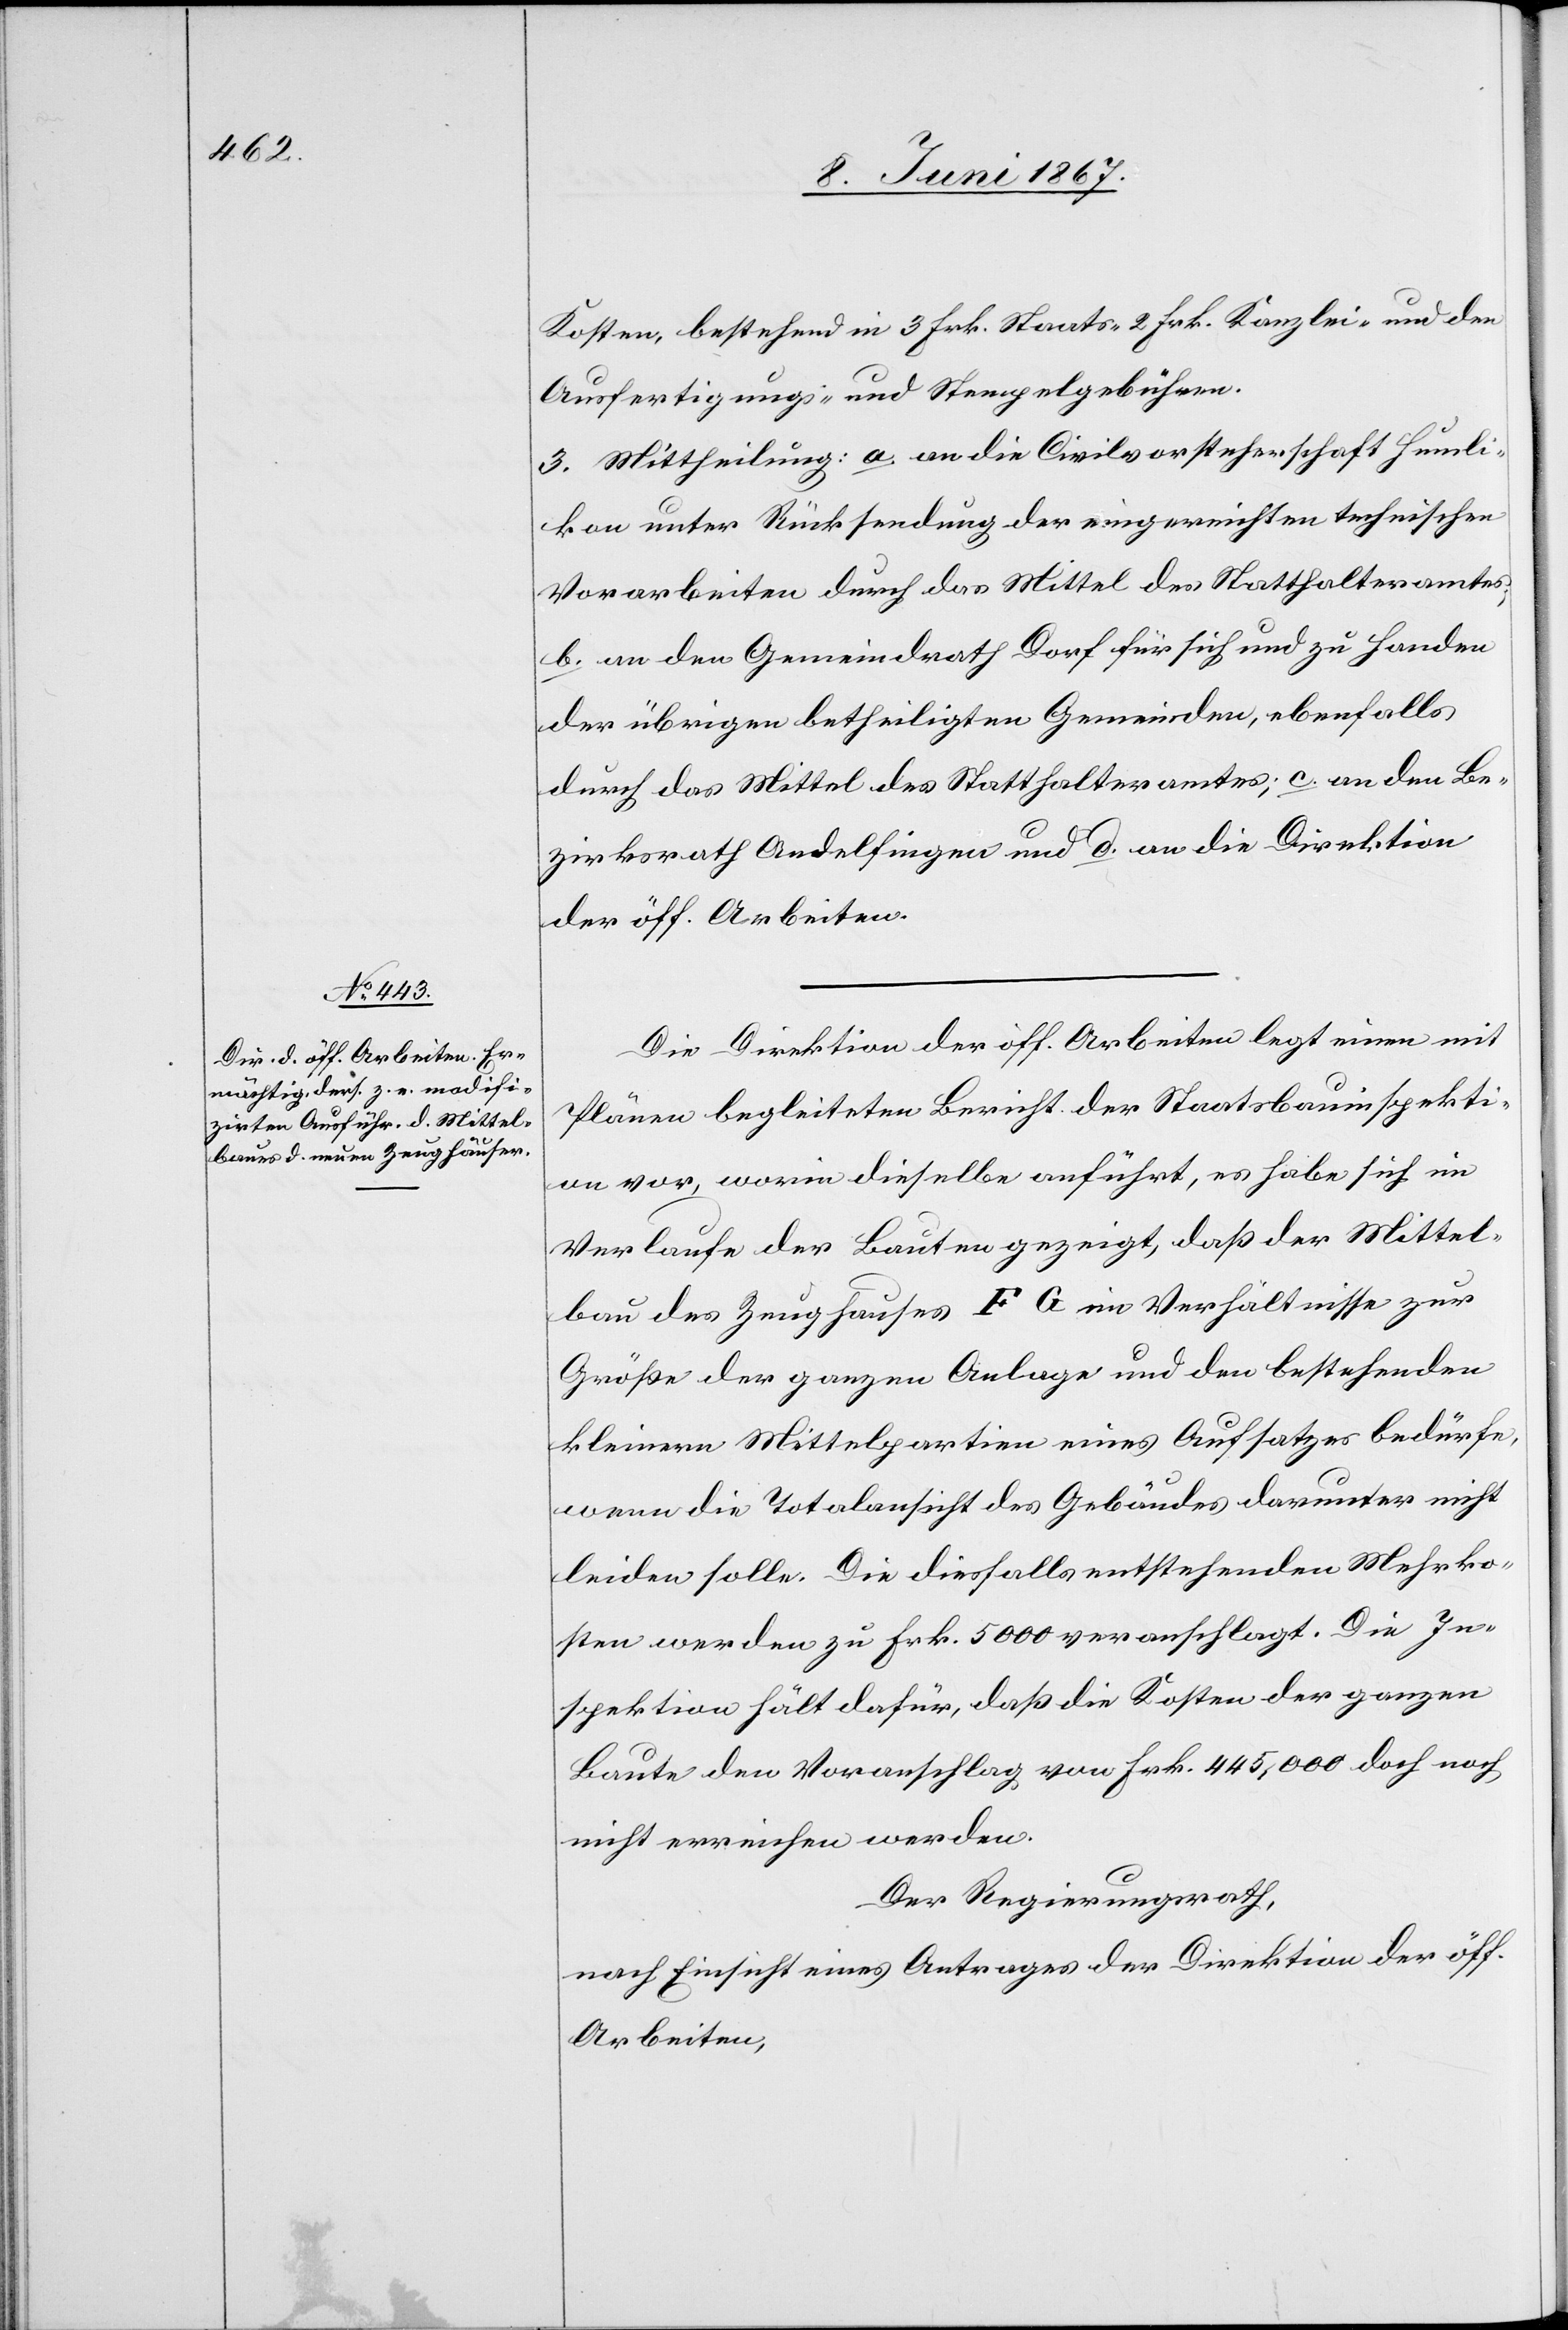
Kosten, bestehend in 3 Frk. Staats-[,] 2 Frk. Kanzlei- und den
Ausfertigungs- und Stempelgebühren.
3. Mittheilung: a. an die Civilvorsteherschaft Humli¬
kon unter Rücksendung der eingereichten technischen
Vorarbeiten durch das Mittel des Statthalteramtes;
b. an den Gemeindrath Dorf für sich und zu Handen
der übrigen betheiligten Gemeinden, ebenfalls
durch das Mittel des Statthalteramtes; c. an den Be¬
zirksrath Andelfingen und d. an die Direktion
der öff. Arbeiten.
Die Direktion der öff. Arbeiten legt einen mit
Plänen begleiteten Bericht der Staatsbauinspekti¬
on vor, worin dieselbe anführt, es habe sich im
Verlaufe der Bauten gezeigt, daß der Mittel¬
bau des Zeughauses F G im Verhältnisse zur
Größe der ganzen Anlage und den bestehenden
kleinern Mittelpartien eines Aufsatzes bedürfe,
wenn die Totalansicht des Gebäudes darunter nicht
leiden solle. Die diesfalls entstehenden Mehrko¬
sten werden zu Frk. 5000 veranschlagt. Die In¬
spektion hält dafür, daß die Kosten der ganzen
Baute den Voranschlag von Frk. 445,000 doch noch
nicht erreichen werden.
Der Regierungsrath,
nach Einsicht eines Antrages der Direktion der öff.
Arbeiten,